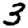
Digit: 3